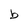
Character: b